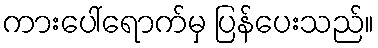
ကားပေါ်ရောက်မှ ပြန်ပေးသည်။